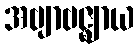
အဗျာဗဇ္ဈာယ